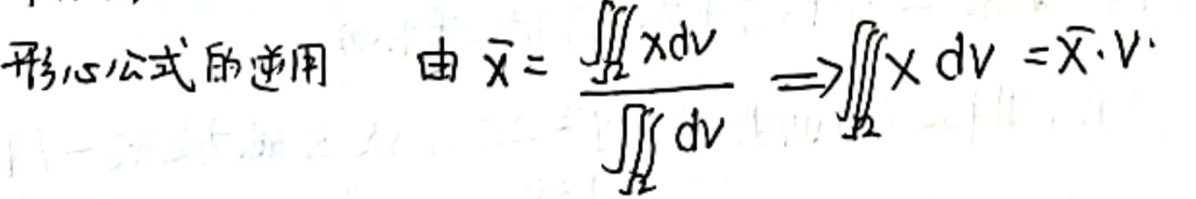
形心公式的逆用 由 $\bar{x}=\frac{\iiint_{\Omega} x \mathrm{d}v}{\iiint_{\Omega} \mathrm{d}v} \Rightarrow \iiint_{\Omega} x \mathrm{d}v=\bar{x}\cdot V$